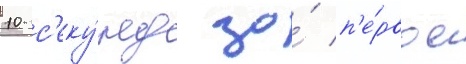
10 с'еку́нд за́ п'е́рвое